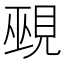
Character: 覡